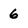
Character: 6